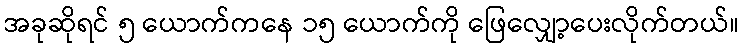
အခုဆိုရင် ၅ ယောက်ကနေ ၁၅ ယောက်ကို ဖြေလျှော့ပေးလိုက်တယ်။